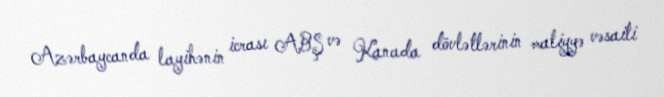
Azərbaycanda layihənin icrası ABŞ və Kanada dövlətlərinin maliyyə vəsaiti